Madras plague regulations in force outside the Presidency town - Volume 5
Disease focus: Plague
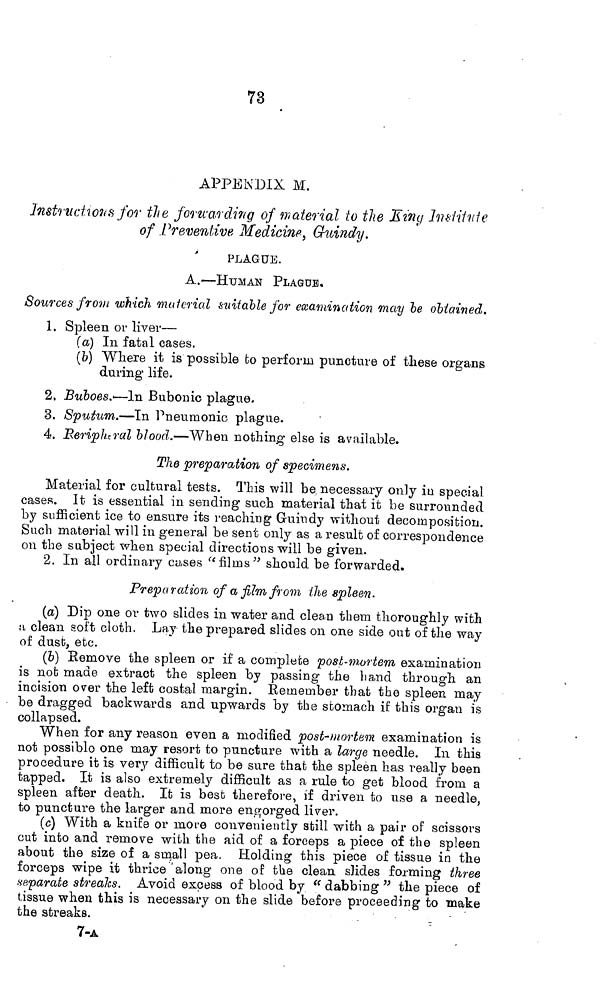
73
APPENDIX M.
Instructions for the forwarding of material to the King Institute
of Preventive Medicine, Guindy.
PLAGUE.
A.—HUMAN PLAQUE.
Sources from which material suitable for examination may be obtained.
1. Spleen or liver—
(a) In fatal cases.
(b) Where it is possible fco perform puncture of these organs
during life.
2. Buboes.—In Bubonic plague,
3. Sputum.—In Pneumonic plague.
4. Peripheral blood.—When nothing else is available.
The preparation of specimens.
Material for cultural tests. This will be necessary only in special
cases. It is essential in sending such material that it be surrounded
by sufficient ice to ensure its reaching Guindy without decomposition.
Such material will in general be sent only as a result of correspondence
011 the subject when special directions will be given.
2. In all ordinary cases "films" should be forwarded.
Preparation of a film from the spleen.
(a) Dip one or two slides in water and clean them thoroughly with
a clean soft cloth. Lay the prepared slides on one side out of the way
of dust, etc.
(b) Remove the spleen or if a complete post-mortem examination
is not made extract the spleen by passing the band through an
incision over the left costal margin. Remember that the spleen may
be dragged backwards and upwards by the stomach if this organ is
collapsed.
When for any reason even a modified post-mortem examination is
not possible one may resort to puncture with a large needle. In this
procedure it is very difficult to be sure that the spleen has really been
tapped. It is also extremely difficult as a rule to get blood from a
spleen after death. It is best therefore, if driven to use a needle,
to puncture the larger and more engorged liver.
(c) With a knife or more conveniently still with a pair of scissors
cut into and remove with the aid of a forceps a piece of the spleen
about the size of a small pea. Holding this piece of tissue in the
forceps wipe it thrice along one of the clean slides forming three
separate streaks. Avoid excess of blood by " dabbing " the piece of
tissue when this is necessary on the slide before proceeding to make
the streaks.
7-A